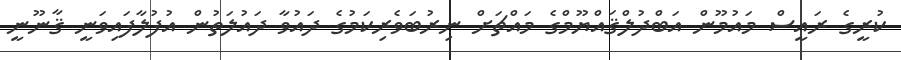
ކުރީގެ ރައީސް މައުމޫން އަބްދުލްޤައްޔޫމްގެ މައްޗަށް ނިރުބަވެރިކަމުގެ ދައުވާ ދައުލަތުން އުފުލާފައިވަނީ ޤާނޫނީ